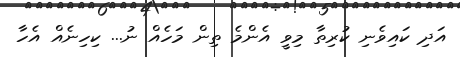
އަދި ކައިވެނި ކުރިތާ މިވީ އެންމެ ތިން މަހެއް ނު... ކިހިނެއް އެހާ